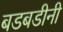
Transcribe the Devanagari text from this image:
बडबडीनी